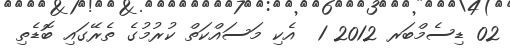
02 ޑިސެމްބަރ 2012 1  އެކި މަސައްކަތް ކުރުމުގެ ތެރޭގައި ބޮޑެތި